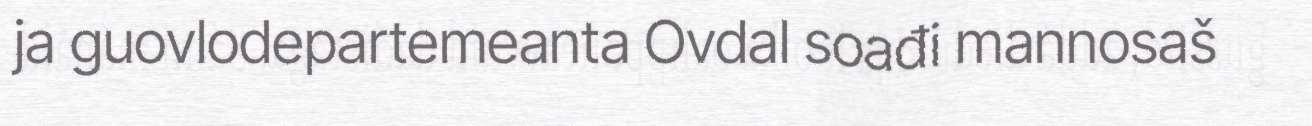
ja guovlodepartemeanta Ovdal soađi mannosaš